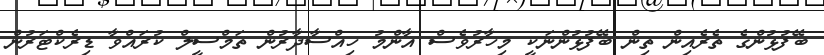
ބޭފުޅުންގެ ތެރެއިން ތިން ބޭފުޅުންނަކީ މިހާރުވެސް އާންމު ހިއްސާދާރުން ތަމްސީލް ކުރައްވާ ޑިރެކްޓަރުން